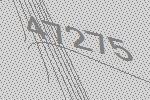
47275